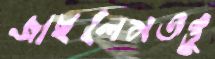
জাইলেমতন্তু